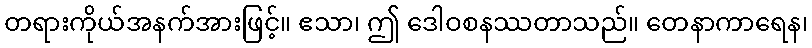
တရားကိုယ်အနက်အားဖြင့်။ ဧသာ၊ ဤ ဒေါဝစနဿတာသည်။ တေနာကာရေန၊